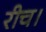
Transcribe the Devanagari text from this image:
रीच।